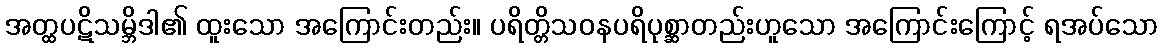
အတ္ထပဋိသမ္ဘိဒါ၏ ထူးသော အကြောင်းတည်း။ ပရိတ္တိသဝနပရိပုစ္ဆာတည်းဟူသော အကြောင်းကြောင့် ရအပ်သော